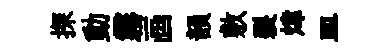
探動霧画韻敷裂煒皿